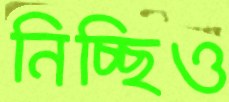
নিচ্ছিও